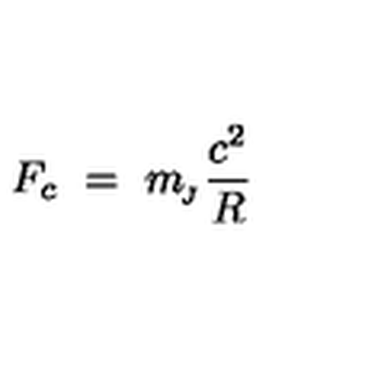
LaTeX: F _ { c } \ = \ m _ { \! _ { J } } \frac { c ^ { 2 } } { R }